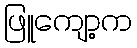
ဖြူကျော့က